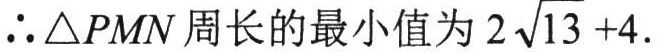
\(\therefore \triangle PMN\)周长的最小值为\(2\sqrt{13}+4\).